Insane asylums Bombay 1873-77 - 1873-1877
Year: 1873
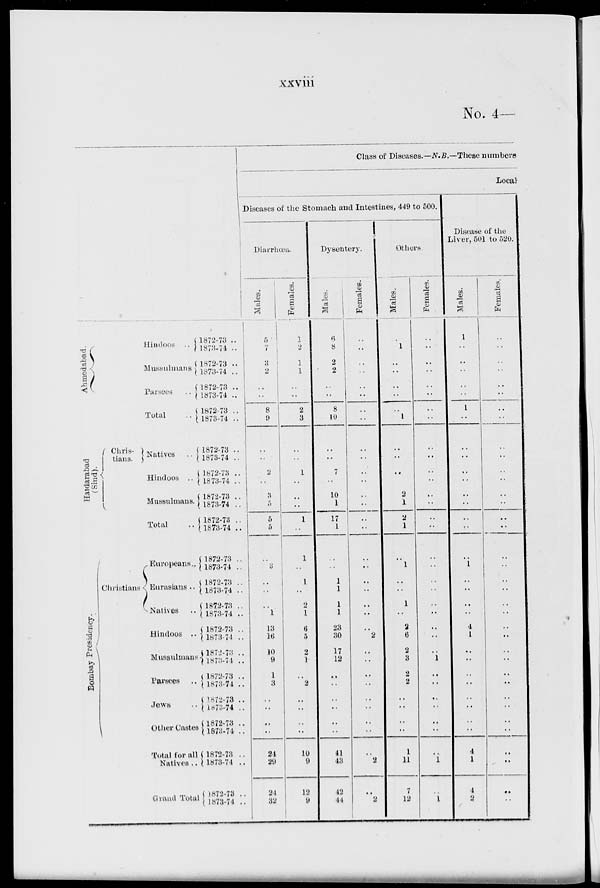
xxviii
No. 4—
Ahmedabad.
Hindoos ..
Mussulmans
Parsees
Total
Haidarabad
(Sind).
Chris-
tians.
Natives ..
Hindoos ..
Mussulmans.
Total ..
Bombay Presidency.
Christians
Europeans..
Eurasians ..
Natives
Hindoos ..
Mussulmans
Parsees ..
Jews ..
Other Castes
Total for all
Natives ..
Grand Total
1872-73 ..
1873-74 ..
1872-73 ..
1873-74 ..
1872-73 ..
1873-74 ..
1872-73 ..
1873-74 ..
1872-73 ..
1873-74 ..
1872-73 ..
1873-74 ..
1872-73 ..
1873-74 ..
1872-73 ..
1873-74 ..
1872-73 ..
1873-74 ..
1872-73 ..
1873-74 ..
1872-73 ..
1873-74 ..
1872-73 ..
1873-74 ..
1872-73 ..
1873-74
..
1872-73 ..
1873-74 ..
1872-73 ..
1873-74
..
1872-73 ..
1873-74
..
1872-73 ..
1873-74 ..
1872-73 ..
1873-74 ..
Class of Diseases.—N.B.—These numbers
Local
Diseases of the Stomach and Intestines, 449 to 500.
Diarrhœa.
Males.
5
7
3
..
..
..
8
9
..
..
2
..
3
5
5
5
..
3
..
..
..
1
13
16
10
9
1
3
..
..
..
..
24
29
24
32
Females.
1
2
1
1
..
..
2
3
..
..
1
..
..
..
1
..
1
..
1
..
2
1
6
5
2
1
..
2
..
..
..
..
10
9
12
9
Dysentery.
Males.
6
8
2
2
..
..
8
10
..
..
7
..
10
1
17
1
..
1
1
1
1
23
30
17
12
..
..
..
..
..
..
41
43
42
44
Females.
..
..
..
..
..
..
..
..
..
..
..
..
..
..
..
..
..
..
..
..
..
..
..
2
..
..
..
..
..
..
..
..
..
2
..
2
Others.
Males.
..
1
..
..
..
..
..
1
..
..
..
..
2
1
2
1
..
1
..
..
1
..
2
6
2
3
2
2
..
..
..
..
1
11
7
12
Females.
..
..
..
..
..
..
..
..
..
..
..
..
..
..
..
..
..
..
..
..
..
..
..
..
..
1
..
..
..
..
..
..
..
1
..
1
Disease of the
Liver, 501 to 520.
Males.
1
..
..
..
..
..
1
..
..
..
..
..
..
..
..
..
..
1
..
..
..
..
4
1
..
..
..
..
..
..
..
..
4
1
4
2
Females.
..
..
..
..
..
..
..
..
..
..
..
..
..
..
..
..
..
..
..
..
..
..
..
..
..
..
..
..
..
..
..
..
..
..
..
..